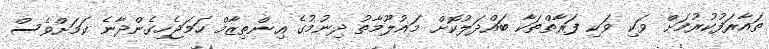
ތައާރަފުކުރުމަށް ވަކި ވަކި ފަރާތްތަކާ ބައްދަލުކޮށް މައުލޫމާތު ދިނުމުގެ އިންތިޒާމް ހަމަޖެހިގެންދާނެ ކަމަށްވެސް